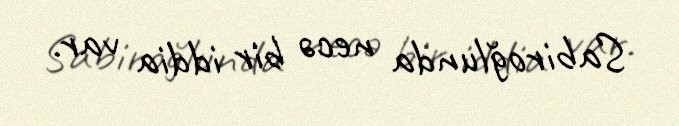
Sabiroğlunda necə bir iddia var.